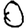
Digit: 0